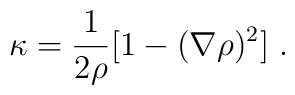
\kappa = \frac{1}{2\rho} [1 - (\nabla\rho)^2] \ .